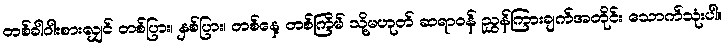
တစ်ခါဝါးစားလျှင် တစ်ပြား၊ နှစ်ပြား၊ တစ်နေ့ တစ်ကြိမ် သို့မဟုတ် ဆရာဝန် ညွှန်ကြားချက်အတိုင်း သောက်သုံးပါ။